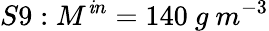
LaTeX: S9:M^{\mathit{i}n}=140\ g\ m^{-3}